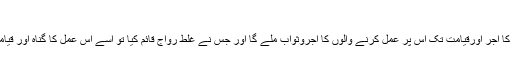
البحوث الاسلامیہ:۲/۲۳۴)
ترجمہ:جس نے کوئی اچھا طریقہ جاری کیا تواس کا اجر اورقیامت تک اس پر عمل کرنے والوں کا اجروثواب ملے گا اور جس نے غلط رواج قائم کیا تو اسے اس عمل کا گناہ اور قیامت تک اس پر عمل کرنے والوں کا گناہ اسے ہوگا۔